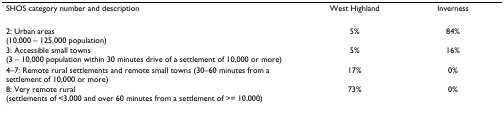
<table><thead><tr><td><b>SHOS category number and description</b></td><td><b>West Highland</b></td><td><b>Inverness</b></td></tr></thead><tbody><tr><td>2: Urban areas(10,000 – 125,000 population)</td><td>5%</td><td>84%</td></tr><tr><td>3: Accessible small towns(3 – 10,000 population within 30 minutes drive of a settlement of 10,000 or more)</td><td>5%</td><td>16%</td></tr><tr><td>4–7: Remote rural settlements and remote small towns (30–60 minutes from a settlement of 10,000 or more)</td><td>17%</td><td>0%</td></tr><tr><td>8: Very remote rural(settlements of &lt;3,000 and over 60 minutes from a settlement of &gt;= 10,000)</td><td>73%</td><td>0%</td></tr></tbody></table>